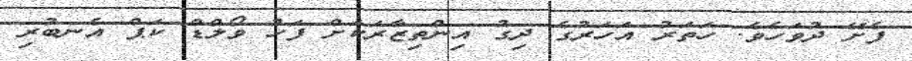
ފެށޭ ދުވަހެވެ. ހަތަރު އަހަރުގެ ދިގު އިންތިޒާރަކަށް ފަހު ވޯލްޑް ކަޕް އެނބުރި